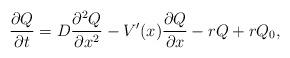
LaTeX: \begin{align*}\frac{\partial Q}{\partial t} = D \frac{\partial^{2} Q}{\partial x^{2}} -V'(x) \frac{\partial Q}{\partial x} -rQ+rQ_{0},\end{align*}